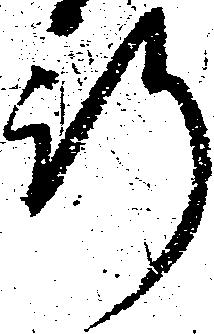
行